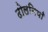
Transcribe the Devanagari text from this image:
ढोलनियाँ